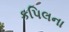
કપિલના